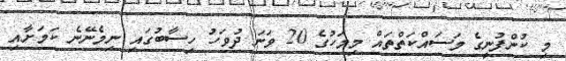
މި ކުންފުނީގެ މަސައްކަތްތައް މިމަހުގެ 20 ވަނަ ދުވަހު ހިސާބުގައި ނިމެނޭނެ ކަމަށާއި